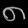
Digit: ၈